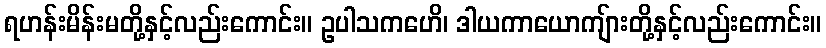
ရဟန်းမိန်းမတို့နှင့်လည်းကောင်း။ ဥပါသကဟေိ၊ ဒါယကာယောကျ်ားတို့နှင့်လည်းကောင်း။